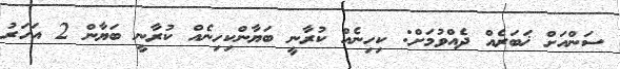
ސަންއަށް ޚަބަރެއް ދެއްވުމަށް: ކިހިނެއް ކުރާނީ ބަޔާންކިހިނެއް ކުރާނީ ބަޔާން 2 އަހަރު